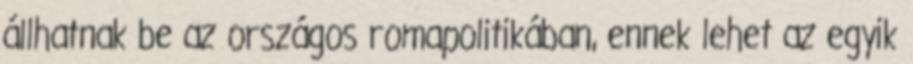
állhatnak be az országos romapolitikában, ennek lehet az egyik